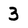
Character: 3